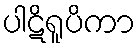
ပါဋိရူပိကာ